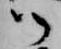
御